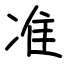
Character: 准